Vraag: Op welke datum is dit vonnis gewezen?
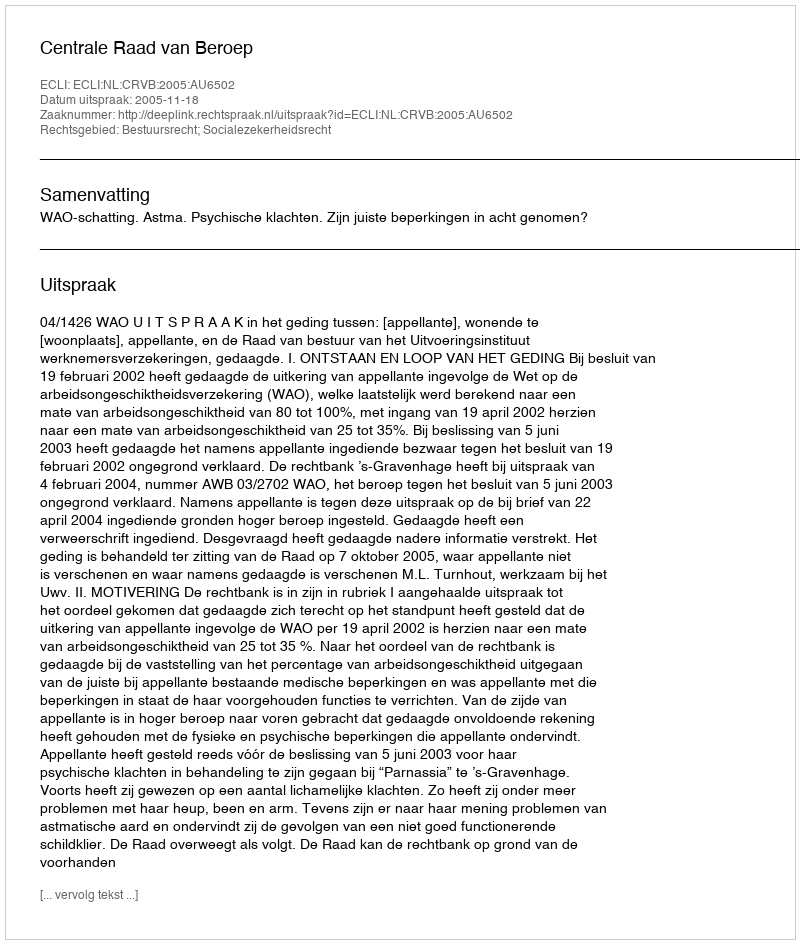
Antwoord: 2005-11-18